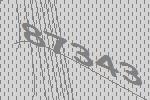
87343